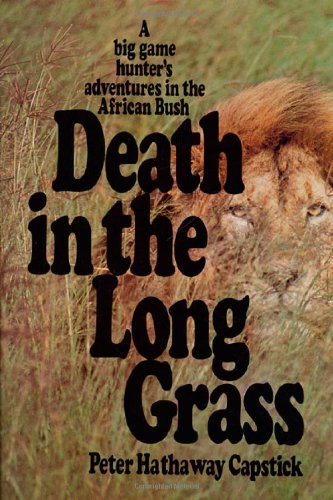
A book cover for Death in the Long Grass: A Big Game Hunter's Adventures in the African Bush; Peter H. Capstick; Biographies & Memoirs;